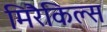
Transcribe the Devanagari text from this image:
मिरैकिल्स